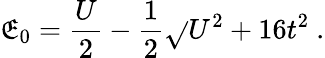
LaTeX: \mathfrak{E}_{0}=\frac{{U}}{{2}}-\frac{{1}}{{2}}\sqrt{}{{U^{2}+16t^{2}}}\ .